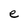
Character: e